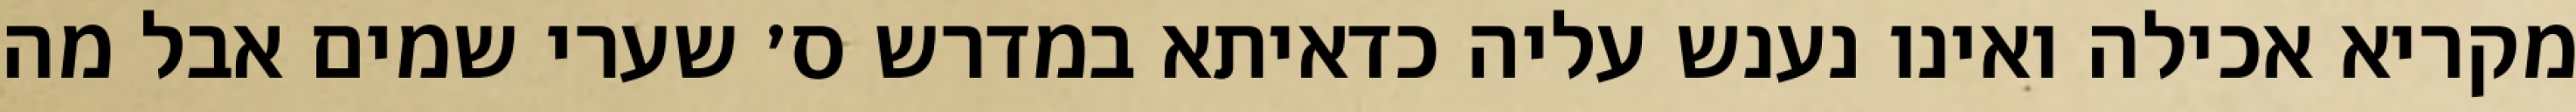
מקריא אכילה ואינו נענש עליה כדאיתא במדרש ס׳ שערי שמים אבל מה